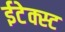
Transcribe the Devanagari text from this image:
ईटेक्स्ट